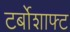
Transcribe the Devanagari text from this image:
टर्बोशाफ्ट